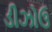
ડીઝોઉ